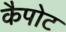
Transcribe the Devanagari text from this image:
कैपोट